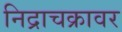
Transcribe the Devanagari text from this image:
निद्राचक्रावर